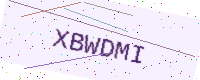
Text: XBWDMI